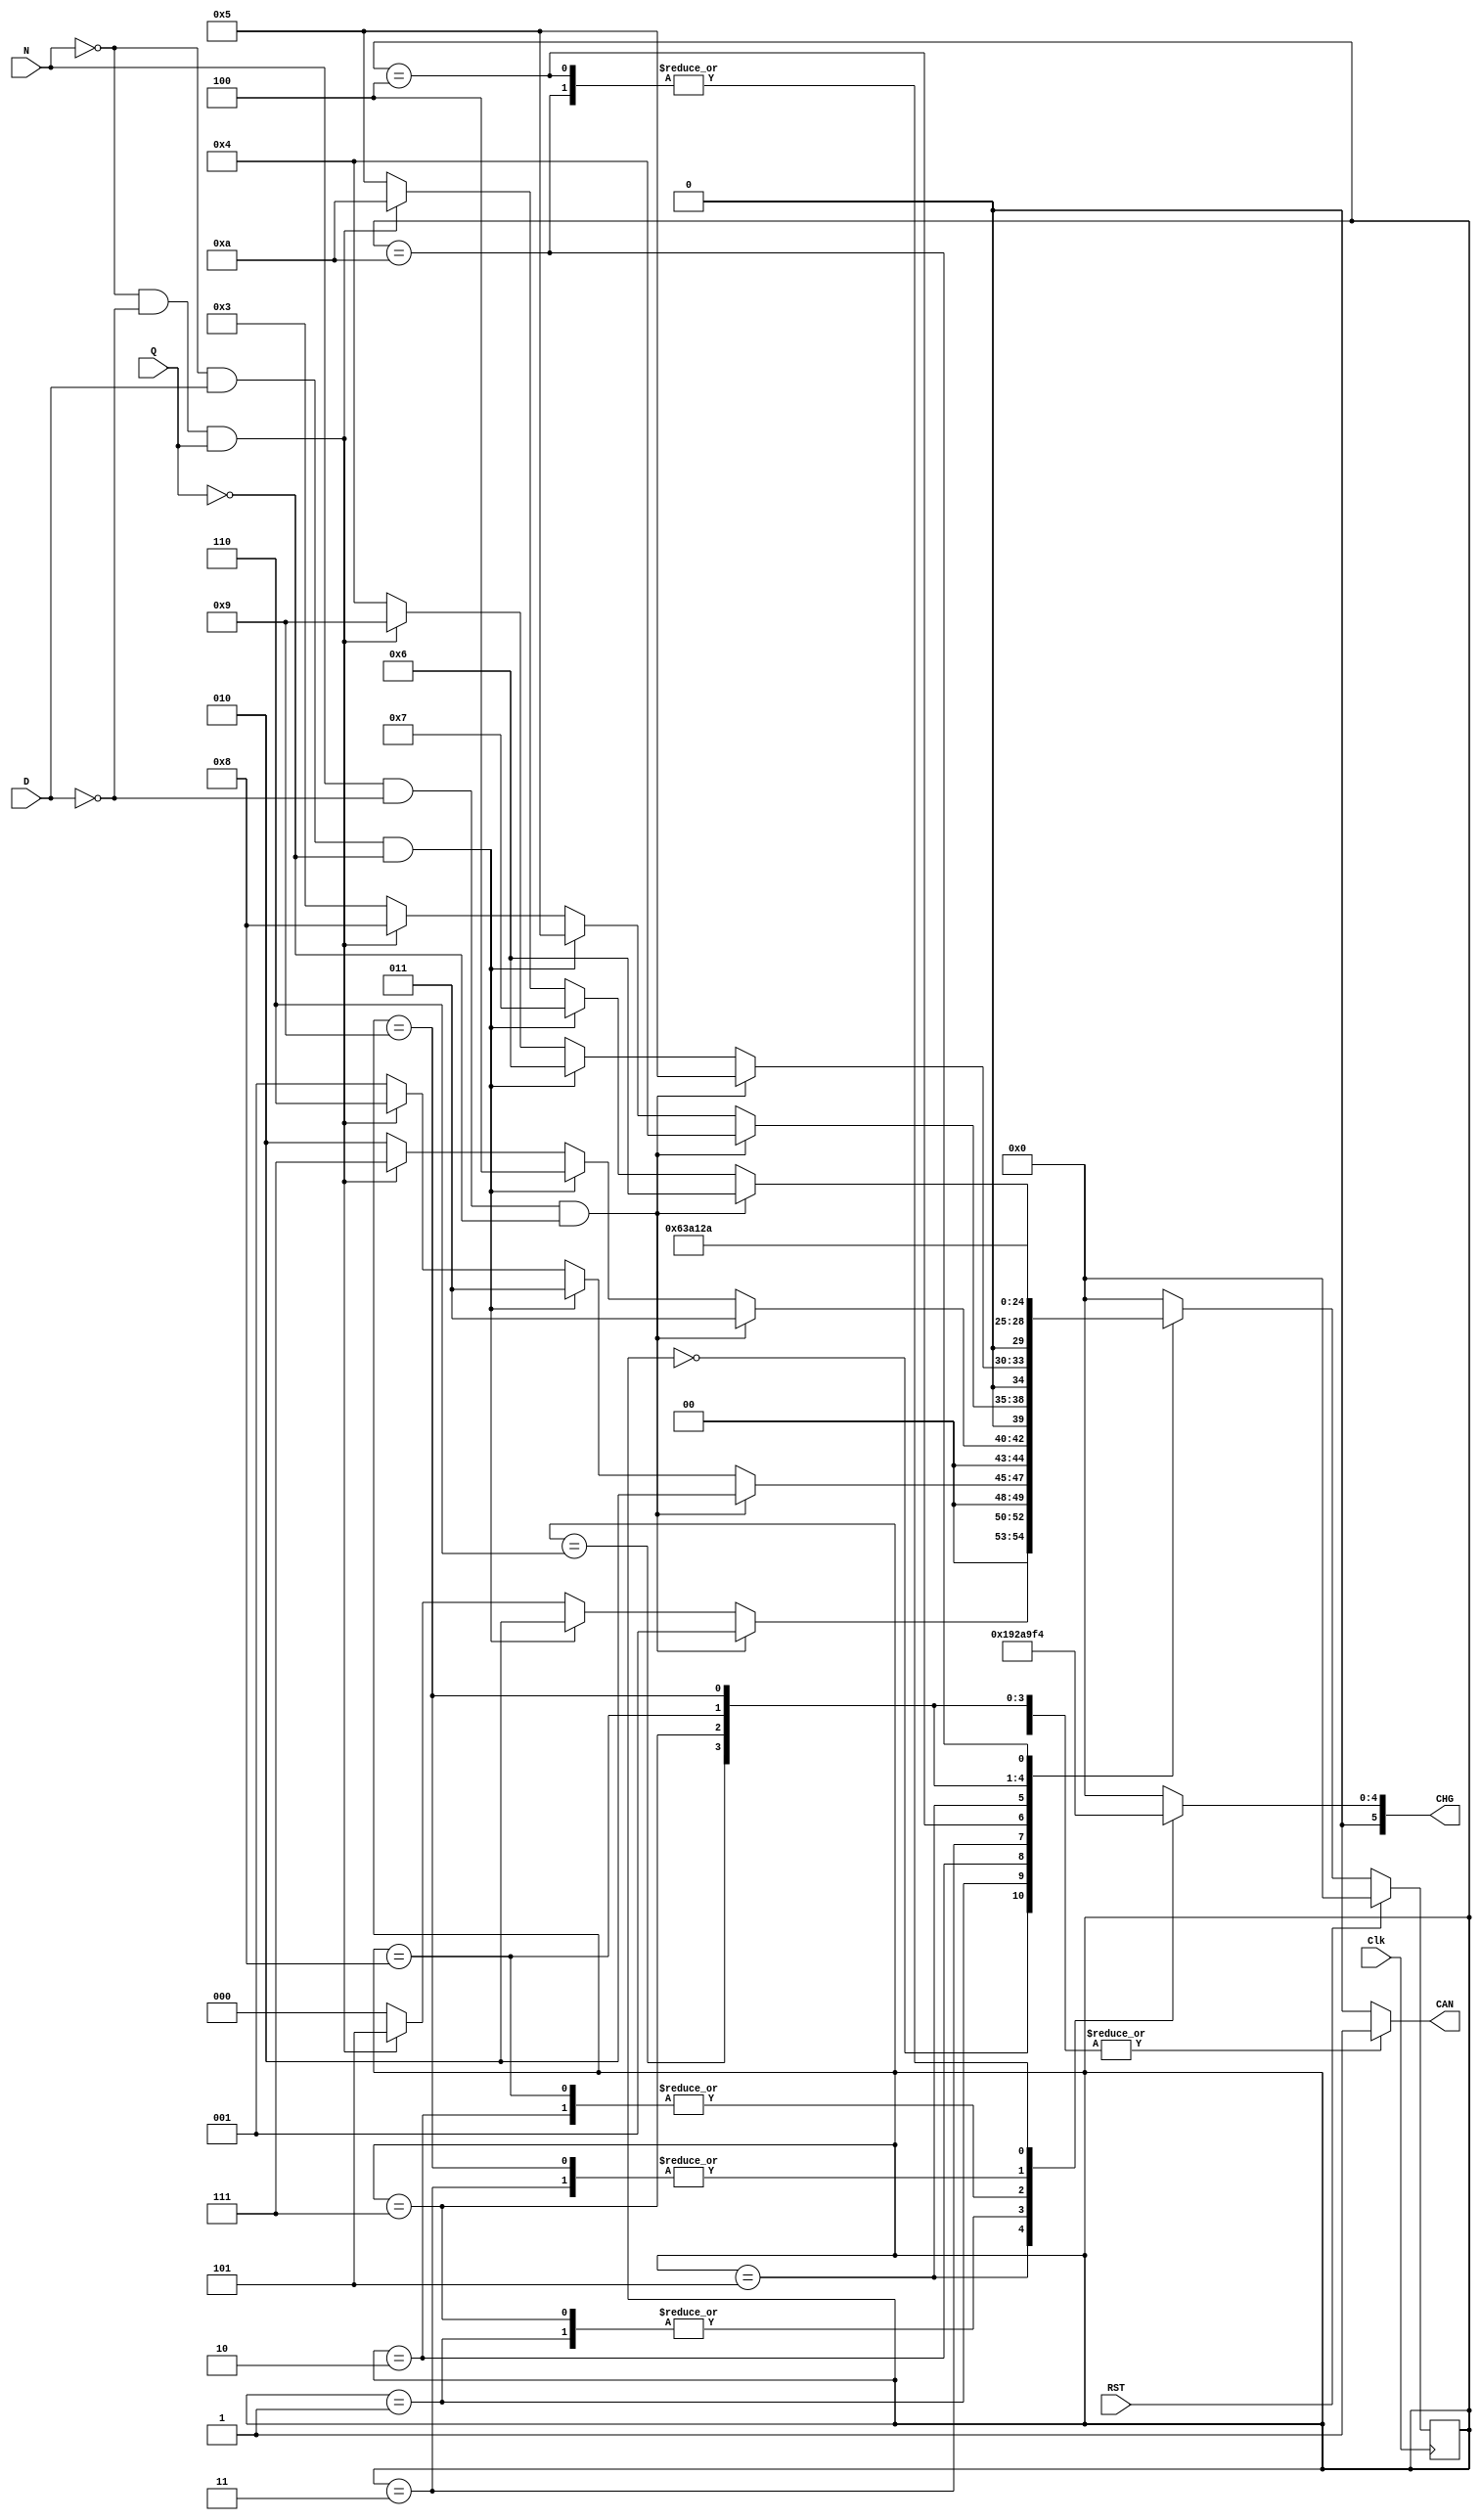
`timescale 1ns/1ps

module vending(Clk, RST, N, D, Q, CAN, CHG);
	input N, D, Q, Clk, RST;
	output reg CAN;
	output reg [5:0] CHG;

	parameter INIT = 0, v5 = 1, v10 = 2, v15 = 3, v20 = 4,
			v25 = 5, v30 = 6, v35 = 7, v40 = 8, v45 = 9, v50 = 10;

	reg [4:0] state, state_next; // 4-bit register

	always @(state, N, D, Q) begin
		case (state)
			// Initial State
			INIT: begin
				CAN <= 0; CHG <= 0;

				if((N == 1) && (D == 0) && (Q == 0)) begin
					state_next <= v5;
				end
				else if((N == 0) && (D == 1) && (Q == 0)) begin
					state_next <= v10;
				end
				else if((N == 0) && (D == 0) && (Q == 1)) begin
					state_next <= v25;
				end
				else state_next <= INIT;
			end

			v5: begin
				CAN <= 0; CHG <= 5;
				
				if((N == 1) && (D == 0) && (Q == 0)) begin
					state_next <= v10;
				end
				else if((N == 0) && (D == 1) && (Q == 0)) begin
					state_next <= v15;
				end
				else if((N == 0) && (D == 0) && (Q == 1)) begin
					state_next <= v30;
				end
				else state_next <= v5;
			end
			
			v10: begin
				CAN <= 0; CHG <= 10;
				
				if((N == 1) && (D == 0) && (Q == 0)) begin
					state_next <= v15;
				end
				else if((N == 0) && (D == 1) && (Q == 0)) begin
					state_next <= v20;
				end
				else if((N == 0) && (D == 0) && (Q == 1)) begin
					state_next <= v35;
				end
				else state_next <= v10;
			end
			
			v15: begin
				CAN <= 0; CHG <= 15;
				
				if((N == 1) && (D == 0) && (Q == 0)) begin
					state_next <= v20;
				end
				else if((N == 0) && (D == 1) && (Q == 0)) begin
					state_next <= v25;
				end
				else if((N == 0) && (D == 0) && (Q == 1)) begin
					state_next <= v40;
				end
				else state_next <= v15;
			end
			
			v20: begin
				CAN <= 0; CHG <= 20;
				
				if((N == 1) && (D == 0) && (Q == 0)) begin
					state_next <= v25;
				end
				else if((N == 0) && (D == 1) && (Q == 0)) begin
					state_next <= v30;
				end
				else if((N == 0) && (D == 0) && (Q == 1)) begin
					state_next <= v45;
				end
				else state_next <= v20;
			end
			
			v25: begin
				CAN <= 0; CHG <= 25;
				
				if((N == 1) && (D == 0) && (Q == 0)) begin
					state_next <= v30;
				end
				else if((N == 0) && (D == 1) && (Q == 0)) begin
					state_next <= v35;
				end
				else if((N == 0) && (D == 0) && (Q == 1)) begin
					state_next <= v50;
				end
				else state_next <= v25;
			end
			
			v30: begin
				CAN <= 1; CHG <= 0;
				state_next <= v30;
			end
			
			v35: begin
				CAN <= 1; CHG <= 5;
				state_next <= v35;
			end
			
			v40: begin
				CAN <= 1; CHG <= 10;
				state_next <= v40;
			end
			
			v45: begin
				CAN <= 1; CHG <= 15;
				state_next <= v45;
			end
			
			v50: begin
				CAN <= 1; CHG <= 20;
				state_next <= v50;
			end
			default: begin
				CAN <= 0; CHG <= 0;
                state_next <= INIT;			
			
			end
		endcase
	end


	always @(posedge Clk) begin
		if (RST == 1) begin
			state <= INIT;
		end
		else begin
			state <= state_next;
		end
	end



	endmodule